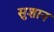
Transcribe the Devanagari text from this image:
सुशान